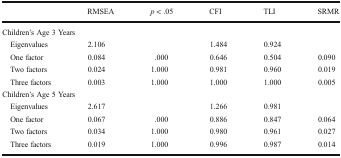
<table><thead><tr><td></td><td><b>RMSEA</b></td><td><b><i>p</i> &lt; .05</b></td><td><b>CFI</b></td><td><b>TLI</b></td><td><b>SRMR</b></td></tr></thead><tbody><tr><td colspan="6">Children’s Age 3 Years</td></tr><tr><td> Eigenvalues</td><td>2.106</td><td></td><td>1.484</td><td>0.924</td><td></td></tr><tr><td> One factor</td><td>0.084</td><td>.000</td><td>0.646</td><td>0.504</td><td>0.090</td></tr><tr><td> Two factors</td><td>0.024</td><td>1.000</td><td>0.981</td><td>0.960</td><td>0.019</td></tr><tr><td> Three factors</td><td>0.003</td><td>1.000</td><td>1.000</td><td>1.000</td><td>0.005</td></tr><tr><td colspan="6">Children’s Age 5 Years</td></tr><tr><td> Eigenvalues</td><td>2.617</td><td></td><td>1.266</td><td>0.981</td><td></td></tr><tr><td> One factor</td><td>0.067</td><td>.000</td><td>0.886</td><td>0.847</td><td>0.064</td></tr><tr><td> Two factors</td><td>0.034</td><td>1.000</td><td>0.980</td><td>0.961</td><td>0.027</td></tr><tr><td> Three factors</td><td>0.019</td><td>1.000</td><td>0.996</td><td>0.987</td><td>0.014</td></tr></tbody></table>